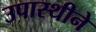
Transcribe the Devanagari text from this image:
उपास्थीने